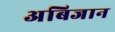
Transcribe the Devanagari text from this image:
अबिजान